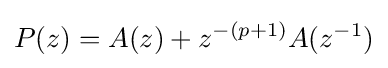
P(z)=A(z)+z^{-(p+1)}A(z^{-1})